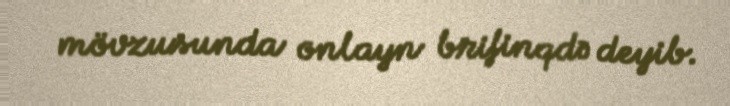
mövzusunda onlayn brifinqdə deyib.